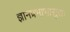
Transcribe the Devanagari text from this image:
ज्ञानप्रभाभासुराः